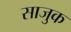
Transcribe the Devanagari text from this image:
साजुक